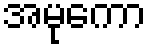
အမုကော